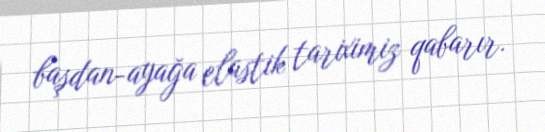
başdan-ayağa elastik tariximiz qabarır.